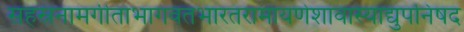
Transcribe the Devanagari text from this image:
सहस्रनामगीताभागवतभारतरामायणेशावास्याद्युपनिषद